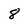
Character: 8